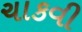
ચાકવી